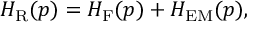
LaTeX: { \cal H } _ { \mathrm { R } } ( p ) = { \cal H } _ { \mathrm { F } } ( p ) + { \cal H } _ { \mathrm { E M } } ( p ) ,